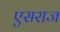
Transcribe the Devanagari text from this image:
एसराज